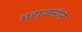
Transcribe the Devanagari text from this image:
महाजनीने